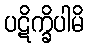
ပဋိက္ခိပါမိ